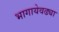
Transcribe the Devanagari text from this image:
भागायेवढ्या